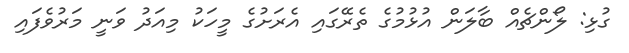
ގުޅި: ލޯންޗެއް ބާލަން އުޅުމުގެ ތެރޭގައި އެރަށުގެ މީހަކު މިއަދު ވަނީ މަރުވެފައި